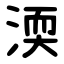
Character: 渜